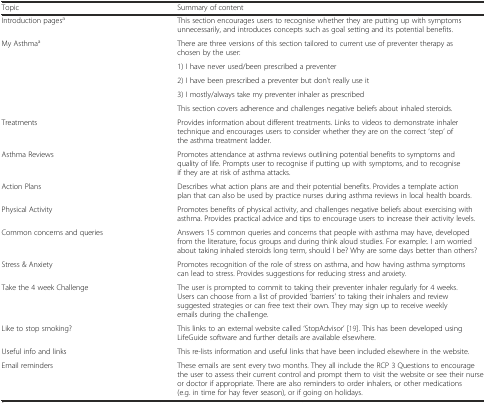
<table><thead><tr><td><b>Topic</b></td><td><b>Summary of content</b></td></tr></thead><tbody><tr><td>Introduction pages<sup>a</sup></td><td>This section encourages users to recognise whether they are putting up with symptoms unnecessarily, and introduces concepts such as goal setting and its potential benefits.</td></tr><tr><td rowspan="5">My Asthma<sup>a</sup></td><td>There are three versions of this section tailored to current use of preventer therapy as chosen by the user:</td></tr><tr><td>1) I have never used/been prescribed a preventer</td></tr><tr><td>2) I have been prescribed a preventer but don’t really use it</td></tr><tr><td>3) I mostly/always take my preventer inhaler as prescribed</td></tr><tr><td>This section covers adherence and challenges negative beliefs about inhaled steroids.</td></tr><tr><td>Treatments</td><td>Provides information about different treatments. Links to videos to demonstrate inhaler technique and encourages users to consider whether they are on the correct ‘step’ of the asthma treatment ladder.</td></tr><tr><td>Asthma Reviews</td><td>Promotes attendance at asthma reviews outlining potential benefits to symptoms and quality of life. Prompts user to recognise if putting up with symptoms, and to recognise if they are at risk of asthma attacks.</td></tr><tr><td>Action Plans</td><td>Describes what action plans are and their potential benefits. Provides a template action plan that can also be used by practice nurses during asthma reviews in local health boards.</td></tr><tr><td>Physical Activity</td><td>Promotes benefits of physical activity, and challenges negative beliefs about exercising with asthma. Provides practical advice and tips to encourage users to increase their activity levels.</td></tr><tr><td>Common concerns and queries</td><td>Answers 15 common queries and concerns that people with asthma may have, developed from the literature, focus groups and during think aloud studies. For example:. I am worried about taking inhaled steroids long term, should I be? Why are some days better than others?</td></tr><tr><td>Stress &amp; Anxiety</td><td>Promotes recognition of the role of stress on asthma, and how having asthma symptoms can lead to stress. Provides suggestions for reducing stress and anxiety.</td></tr><tr><td>Take the 4 week Challenge</td><td>The user is prompted to commit to taking their preventer inhaler regularly for 4 weeks. Users can choose from a list of provided ‘barriers’ to taking their inhalers and review suggested strategies or can free text their own. They may sign up to receive weekly emails during the challenge.</td></tr><tr><td>Like to stop smoking?</td><td>This links to an external website called ‘StopAdvisor’ [19]. This has been developed using LifeGuide software and further details are available elsewhere.</td></tr><tr><td>Useful info and links</td><td>This re-lists information and useful links that have been included elsewhere in the website.</td></tr><tr><td>Email reminders</td><td>These emails are sent every two months. They all include the RCP 3 Questions to encourage the user to assess their current control and prompt them to visit the website or see their nurse or doctor if appropriate. There are also reminders to order inhalers, or other medications (e.g. in time for hay fever season), or if going on holidays.</td></tr></tbody></table>